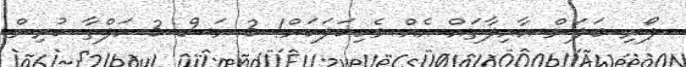
ފޯރި ބަލަން އާއިލާތައް އެއް ވެހިކަލަކަށް! 3 މަސް 3 ހަފްތާ ކުރިން